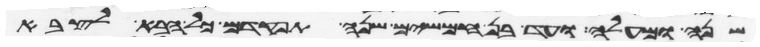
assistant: שנה ומעלה ועד בן חמשים שנה תפקדם כל הבא לצבא